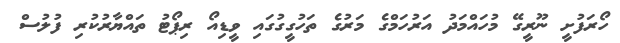
ހޯރަފުށީ ނޫރީގޭ މުހައްމަދު އަރުހަމްގެ މަރުގެ ތަހުގީގުގައި ވީޑިއޯ ރިޕޯޓު ތައްޔާރުކުރި ފުލުސް